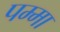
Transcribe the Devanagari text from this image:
पम्मा